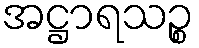
အဋ္ဌာရသဉ္စ